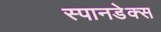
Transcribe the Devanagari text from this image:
स्पानडेक्स